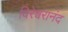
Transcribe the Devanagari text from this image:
विरेश्वरानंद